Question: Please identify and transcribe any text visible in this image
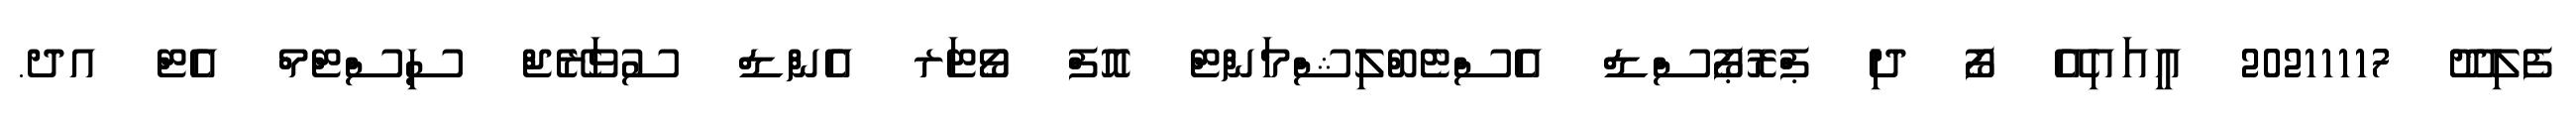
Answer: ފެލިދޫ 20211117 އީއައިއޭ ފޯ ދި ޕްރޮޕޯސްޑް އެސްޓެބްލިޝްމަންޓް އޮފް ވޯޓަރ އެންޑް ސުވަރޭޖް ސިސްޓްމް އެޓް އދ.